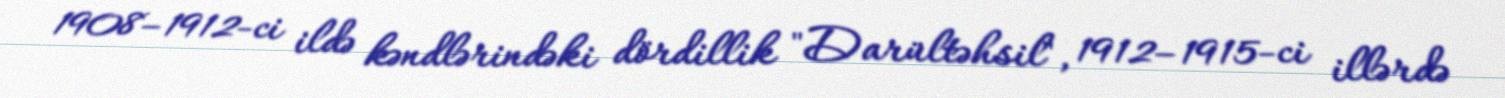
1908–1912-ci ildə kəndlərindəki dördillik "Darültəhsil", 1912–1915-ci illərdə